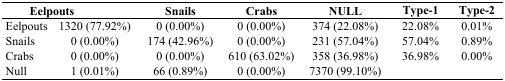
<table><thead><tr><td></td><td><b>Eelpouts</b></td><td><b>Snails</b></td><td><b>Crabs</b></td><td><b>NULL</b></td><td><b>Type-1</b></td><td><b>Type-2</b></td></tr></thead><tbody><tr><td>Eelpouts</td><td>1320 (77.92%)</td><td>0 (0.00%)</td><td>0 (0.00%)</td><td>374 (22.08%)</td><td>22.08%</td><td>0.01%</td></tr><tr><td>Snails</td><td>0 (0.00%)</td><td>174 (42.96%)</td><td>0 (0.00%)</td><td>231 (57.04%)</td><td>57.04%</td><td>0.89%</td></tr><tr><td>Crabs</td><td>0 (0.00%)</td><td>0 (0.00%)</td><td>610 (63.02%)</td><td>358 (36.98%)</td><td>36.98%</td><td>0.00%</td></tr><tr><td>Null</td><td>1 (0.01%)</td><td>66 (0.89%)</td><td>0 (0.00%)</td><td>7370 (99.10%)</td><td></td><td></td></tr></tbody></table>